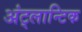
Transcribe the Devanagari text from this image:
अंट्लान्टिक